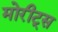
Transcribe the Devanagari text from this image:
मोरीट्स